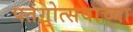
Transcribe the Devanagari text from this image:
पतंगोत्सवाच्या